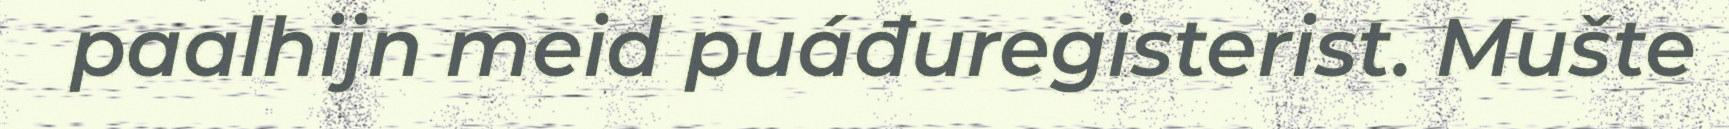
paalhijn meid puáđuregisterist. Mušte